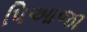
પિઆજા